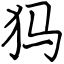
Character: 犸